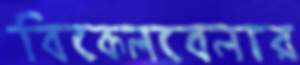
বিকেলবেলার